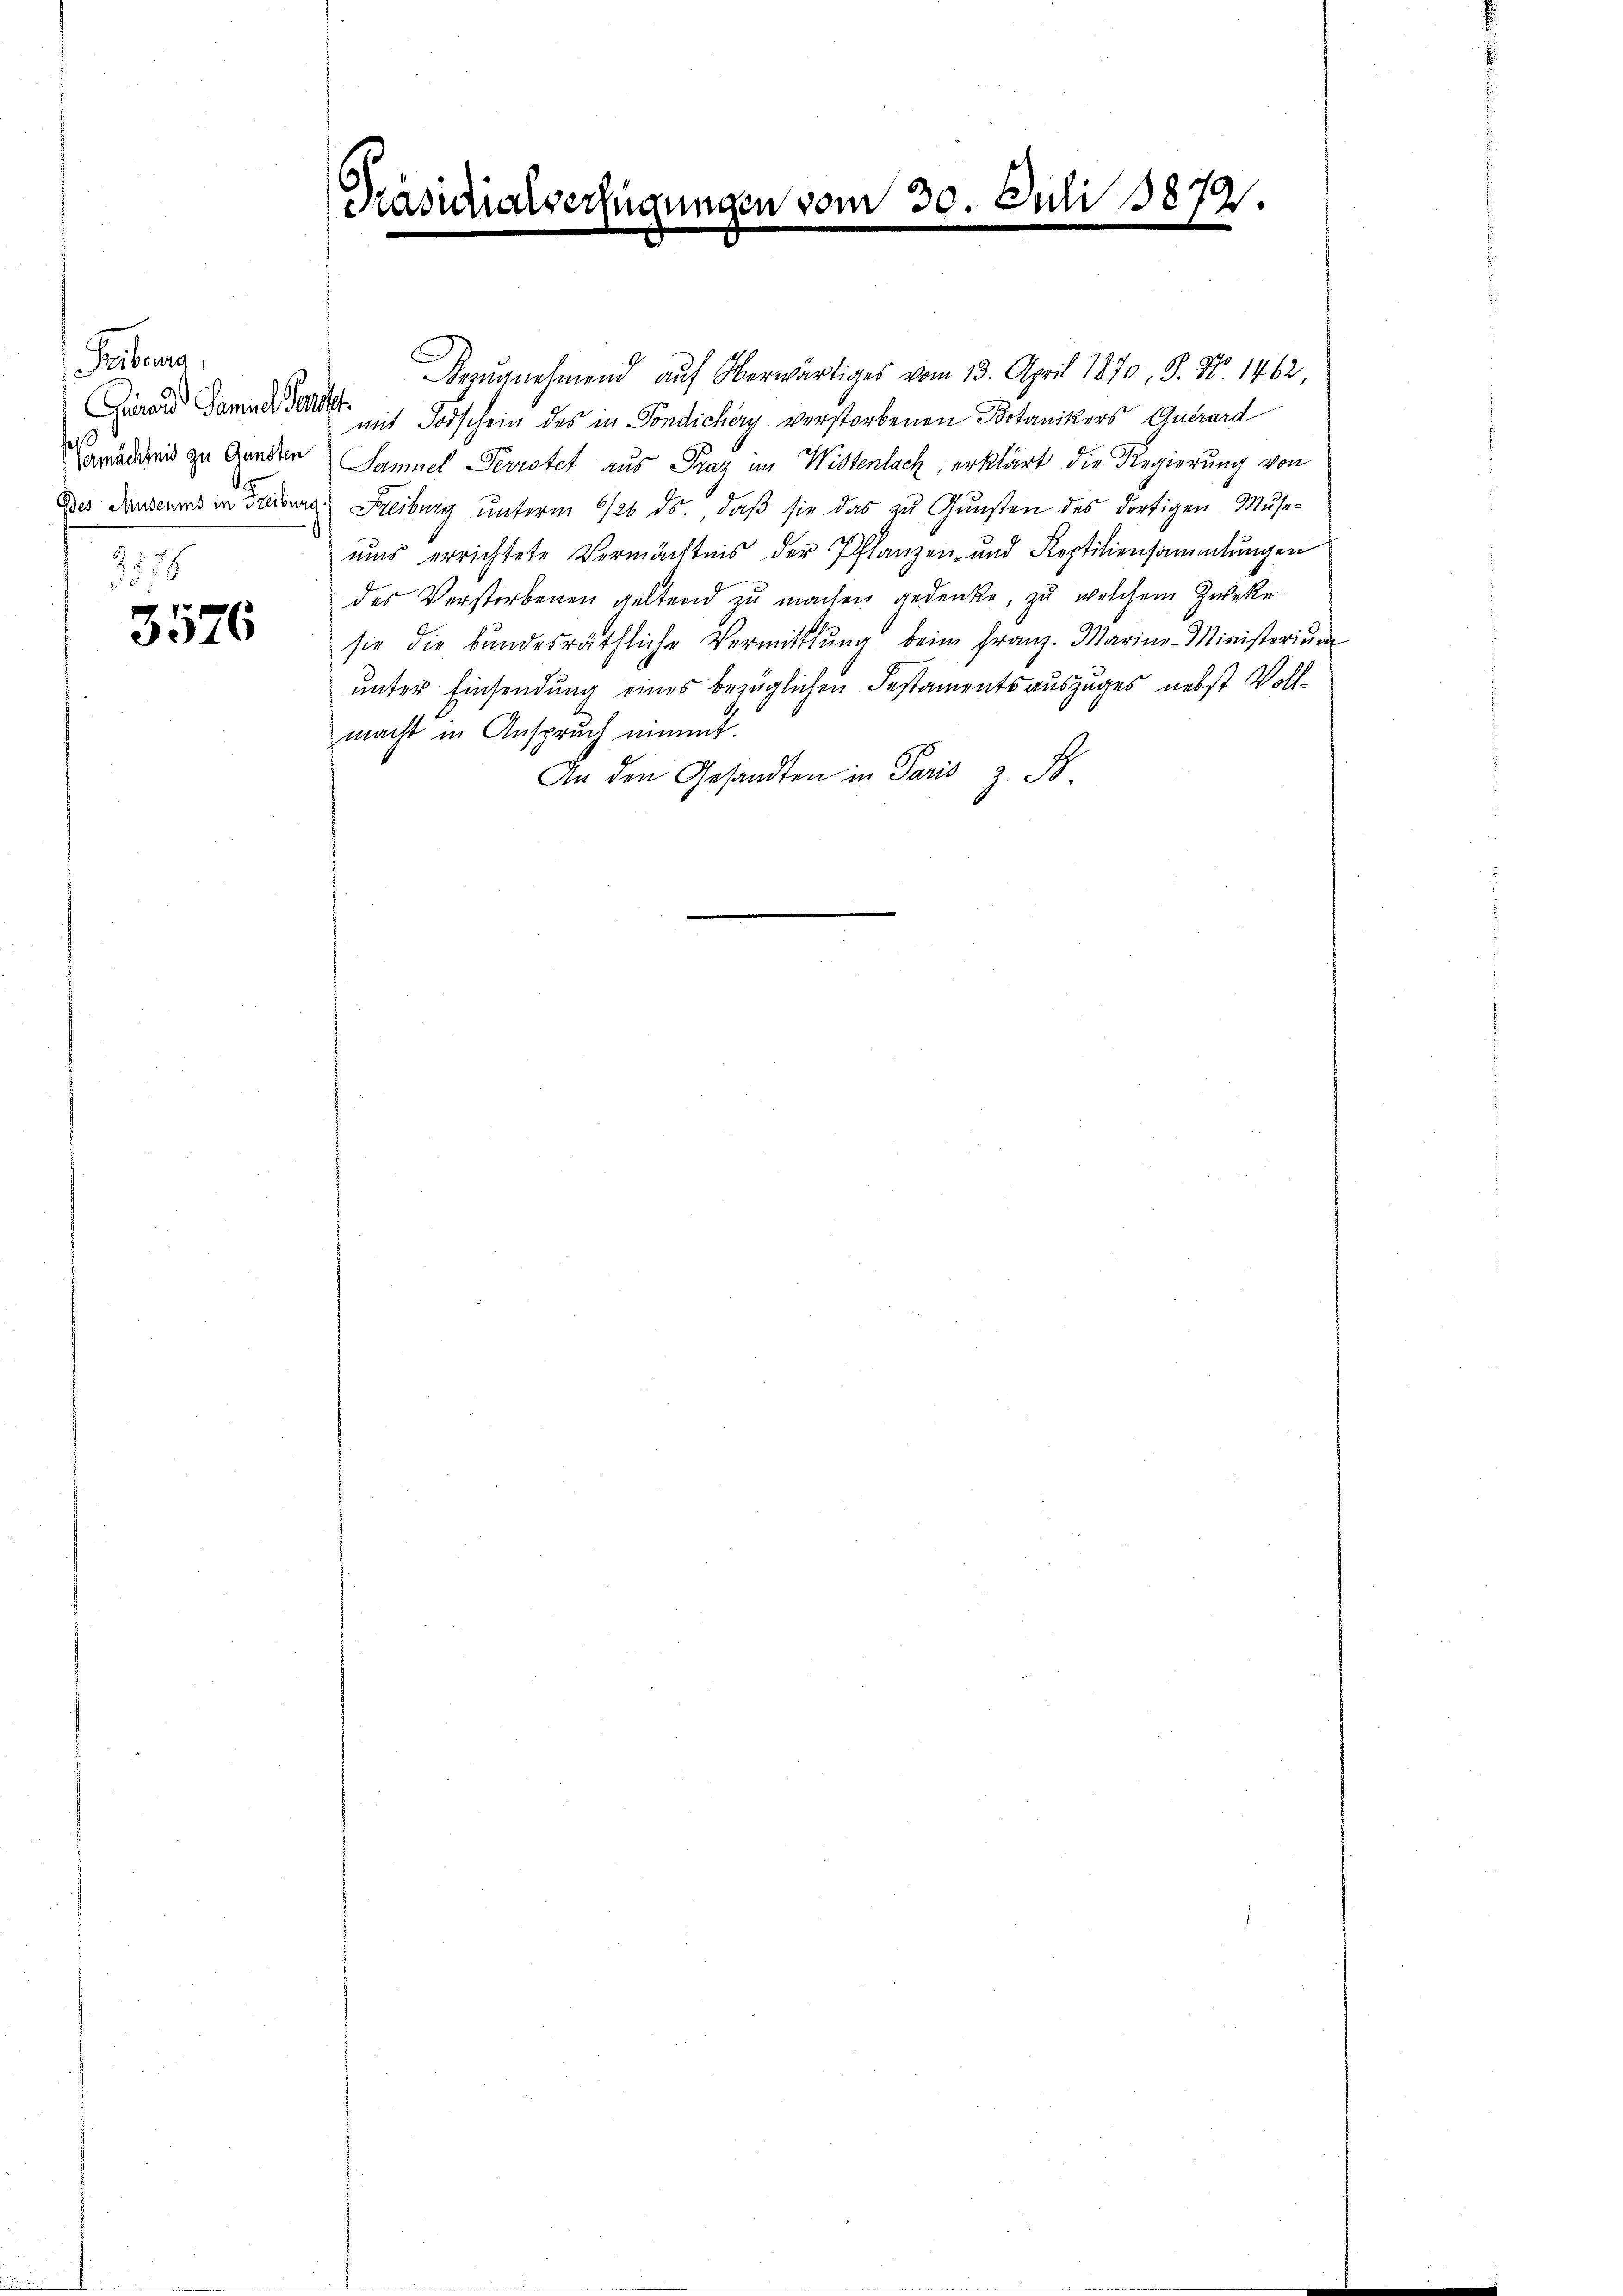
Feiburg,
Girard Samuel Sendst
257

157
3576

Präsidial

verfügungen vom 30. Juli 18872.
.

Bezŭgnehmend auf Oberwärtiges vom 13. April 1870, S. Nr. 1462,
mit Todschein des in Fondichery verstorbenen Botanikers Quirard
awaddreis zu Gunder Samuel Devistet aus Graz im Wistenlach, erklärt die Regierung von
Dies denseums in Freiburg, Freiburg unterm 1/26. ds., daß sie das zu Gunsten des dortigen Muse-
uns errichtete Vermächtnis der Pflanzen- und Reptiliensammlungen
des Verstorbenen geltend zu machen gedenke, zu welchem Zweke
sie die bŭndesräthliche Vermittlung beim Franz. Marina-Ministerium
unter Einsendung eines bezüglichen Pestamentsauszuges nebst Vollmacht in Anspruch nimmt.
An den Gesandten in Paris z. B.